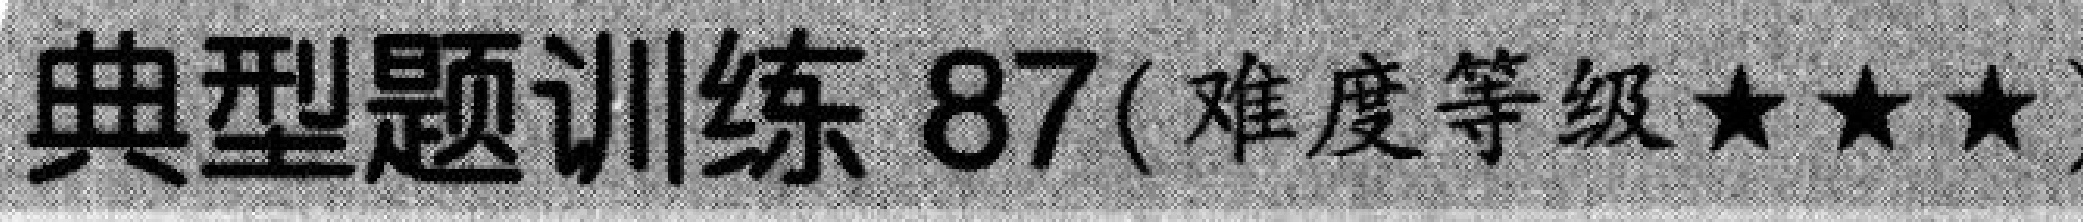
典型题训练 87(难度等级★★★)